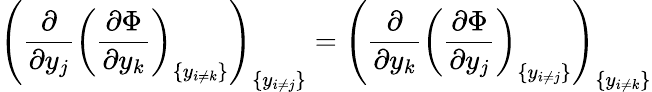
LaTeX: \left({\frac{\partial}{\partial y_{j}}}\left({\frac{\partial\Phi}{\partial y_{k}}}\right)_{\{ y_{i\neq k}\} }\right)_{\{ y_{i\neq j}\} }=\left({\frac{\partial}{\partial y_{k}}}\left({\frac{\partial\Phi}{\partial y_{j}}}\right)_{\{ y_{i\neq j}\} }\right)_{\{ y_{i\neq k}\} }